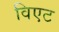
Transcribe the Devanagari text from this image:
विएट